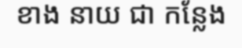
ខាង នាយ ជា កន្លែង